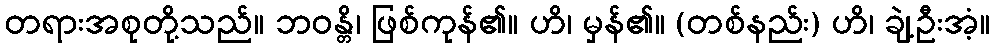
တရားအစုတို့သည်။ ဘဝန္တိ၊ ဖြစ်ကုန်၏။ ဟိ၊ မှန်၏။ (တစ်နည်း) ဟိ၊ ချဲ့ဦးအံ့။